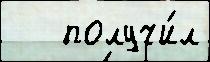
   получи́л